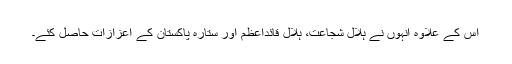
اس کے علاوہ انہوں نے ہلال شجاعت، ہلال قائداعظم اور ستارہ پاکستان کے اعزازات حاصل کئے۔